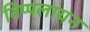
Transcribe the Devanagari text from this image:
विप्पलायन